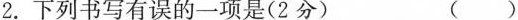
2.下列书写有误的一项是(2分) ()